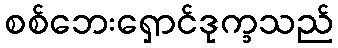
စစ်ဘေးရှောင်ဒုက္ခသည်